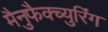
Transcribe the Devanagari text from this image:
मैनुफैक्च्युरिंग